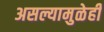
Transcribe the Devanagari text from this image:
असल्यामुळेही